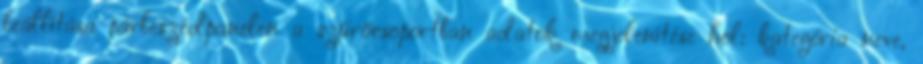
beállítása párbeszédpanelen a szűrőcsoportban adatok megjelenítése hol: kategória neve,